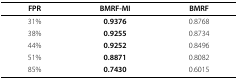
<table><thead><tr><td><b>FPR</b></td><td><b>BMRF-MI</b></td><td><b>BMRF</b></td></tr></thead><tbody><tr><td>31%</td><td><b>0.9376</b></td><td>0.8768</td></tr><tr><td>38%</td><td><b>0.9255</b></td><td>0.8734</td></tr><tr><td>44%</td><td><b>0.9252</b></td><td>0.8496</td></tr><tr><td>51%</td><td><b>0.8871</b></td><td>0.8082</td></tr><tr><td>85%</td><td><b>0.7430</b></td><td>0.6015</td></tr></tbody></table>